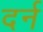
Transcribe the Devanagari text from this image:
दर्न